Indian journal of veterinary science and animal husbandry - Volumes 24-25, 1954-1955
Year: 1954
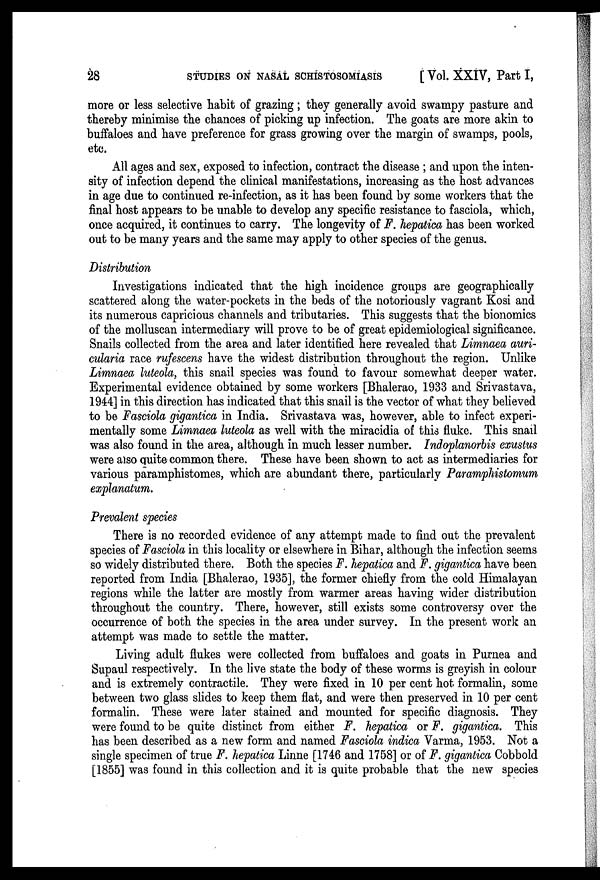
28 STUDIES ON NASAL SCHISTOSOMIASIS [Vol. XXIV, Part I,
more or less selective habit of grazing; they generally avoid swampy pasture and
thereby minimise the chances of picking up infection. The goats are more akin to
buffaloes and have preference for grass growing over the margin of swamps, pools,
etc.
All ages and sex, exposed to infection, contract the disease; and upon the inten-
sity of infection depend the clinical manifestations, increasing as the host advances
in age due to continued re-infection, as it has been found by some workers that the
final host appears to be unable to develop any specific resistance to fasciola, which,
once acquired, it continues to carry. The longevity of F. hepatica has been worked
out to be many years and the same may apply to other species of the genus.
Distribution
Investigations indicated that the high incidence groups are geographically
scattered along the water-pockets in the beds of the notoriously vagrant Kosi and
its numerous capricious channels and tributaries. This suggests that the bionomics
of the molluscan intermediary will prove to be of great epidemiological significance.
Snails collected from the area and later identified here revealed that Limnaea auri-
cularia race rufescens have the widest distribution throughout the region. Unlike
Limnaea luteola, this snail species was found to favour somewhat deeper water.
Experimental evidence obtained by some workers [Bhalerao, 1933 and Srivastava,
1944] in this direction has indicated that this snail is the vector of what they believed
to be Fasciola gigantica in India. Srivastava was, however, able to infect experi-
mentally some Limnaea luteola as well with the miracidia of this fluke. This snail
was also found in the area, although in much lesser number. Indoplanorbis exustus
were also quite common there. These have been shown to act as intermediaries for
various paramphistomes, which are abundant there, particularly Paramphistomum
explanatum.
Prevalent species
There is no recorded evidence of any attempt made to find out the prevalent
species of Fasciola in this locality or elsewhere in Bihar, although the infection seems
so widely distributed there. Both the species F. hepatica and F. gigantica have been
reported from India [Bhalerao, 1935], the former chiefly from the cold Himalayan
regions while the latter are mostly from warmer areas having wider distribution
throughout the country. There, however, still exists some controversy over the
occurrence of both the species in the area under survey. In the present work an
attempt was made to settle the matter.
Living adult flukes were collected from buffaloes and goats in Purnea and
Supaul respectively. In the live state the body of these worms is greyish in colour
and is extremely contractile. They were fixed in 10 per cent hot formalin, some
between two glass slides to keep them flat, and were then preserved in 10 per cent
formalin. These were later stained and mounted for specific diagnosis. They
were found to be quite distinct from either F. hepatica or F. gigantica. This
has been described as a new form and named Fasciola indica Varma, 1953. Not a
single specimen of true F. hepatica Linne [1746 and 1758] or of F. gigantica Cobbold
[1855] was found in this collection and it is quite probable that the new species